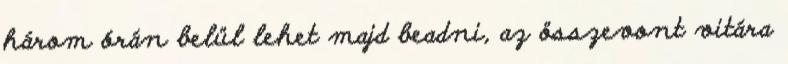
három órán belül lehet majd beadni, az összevont vitára